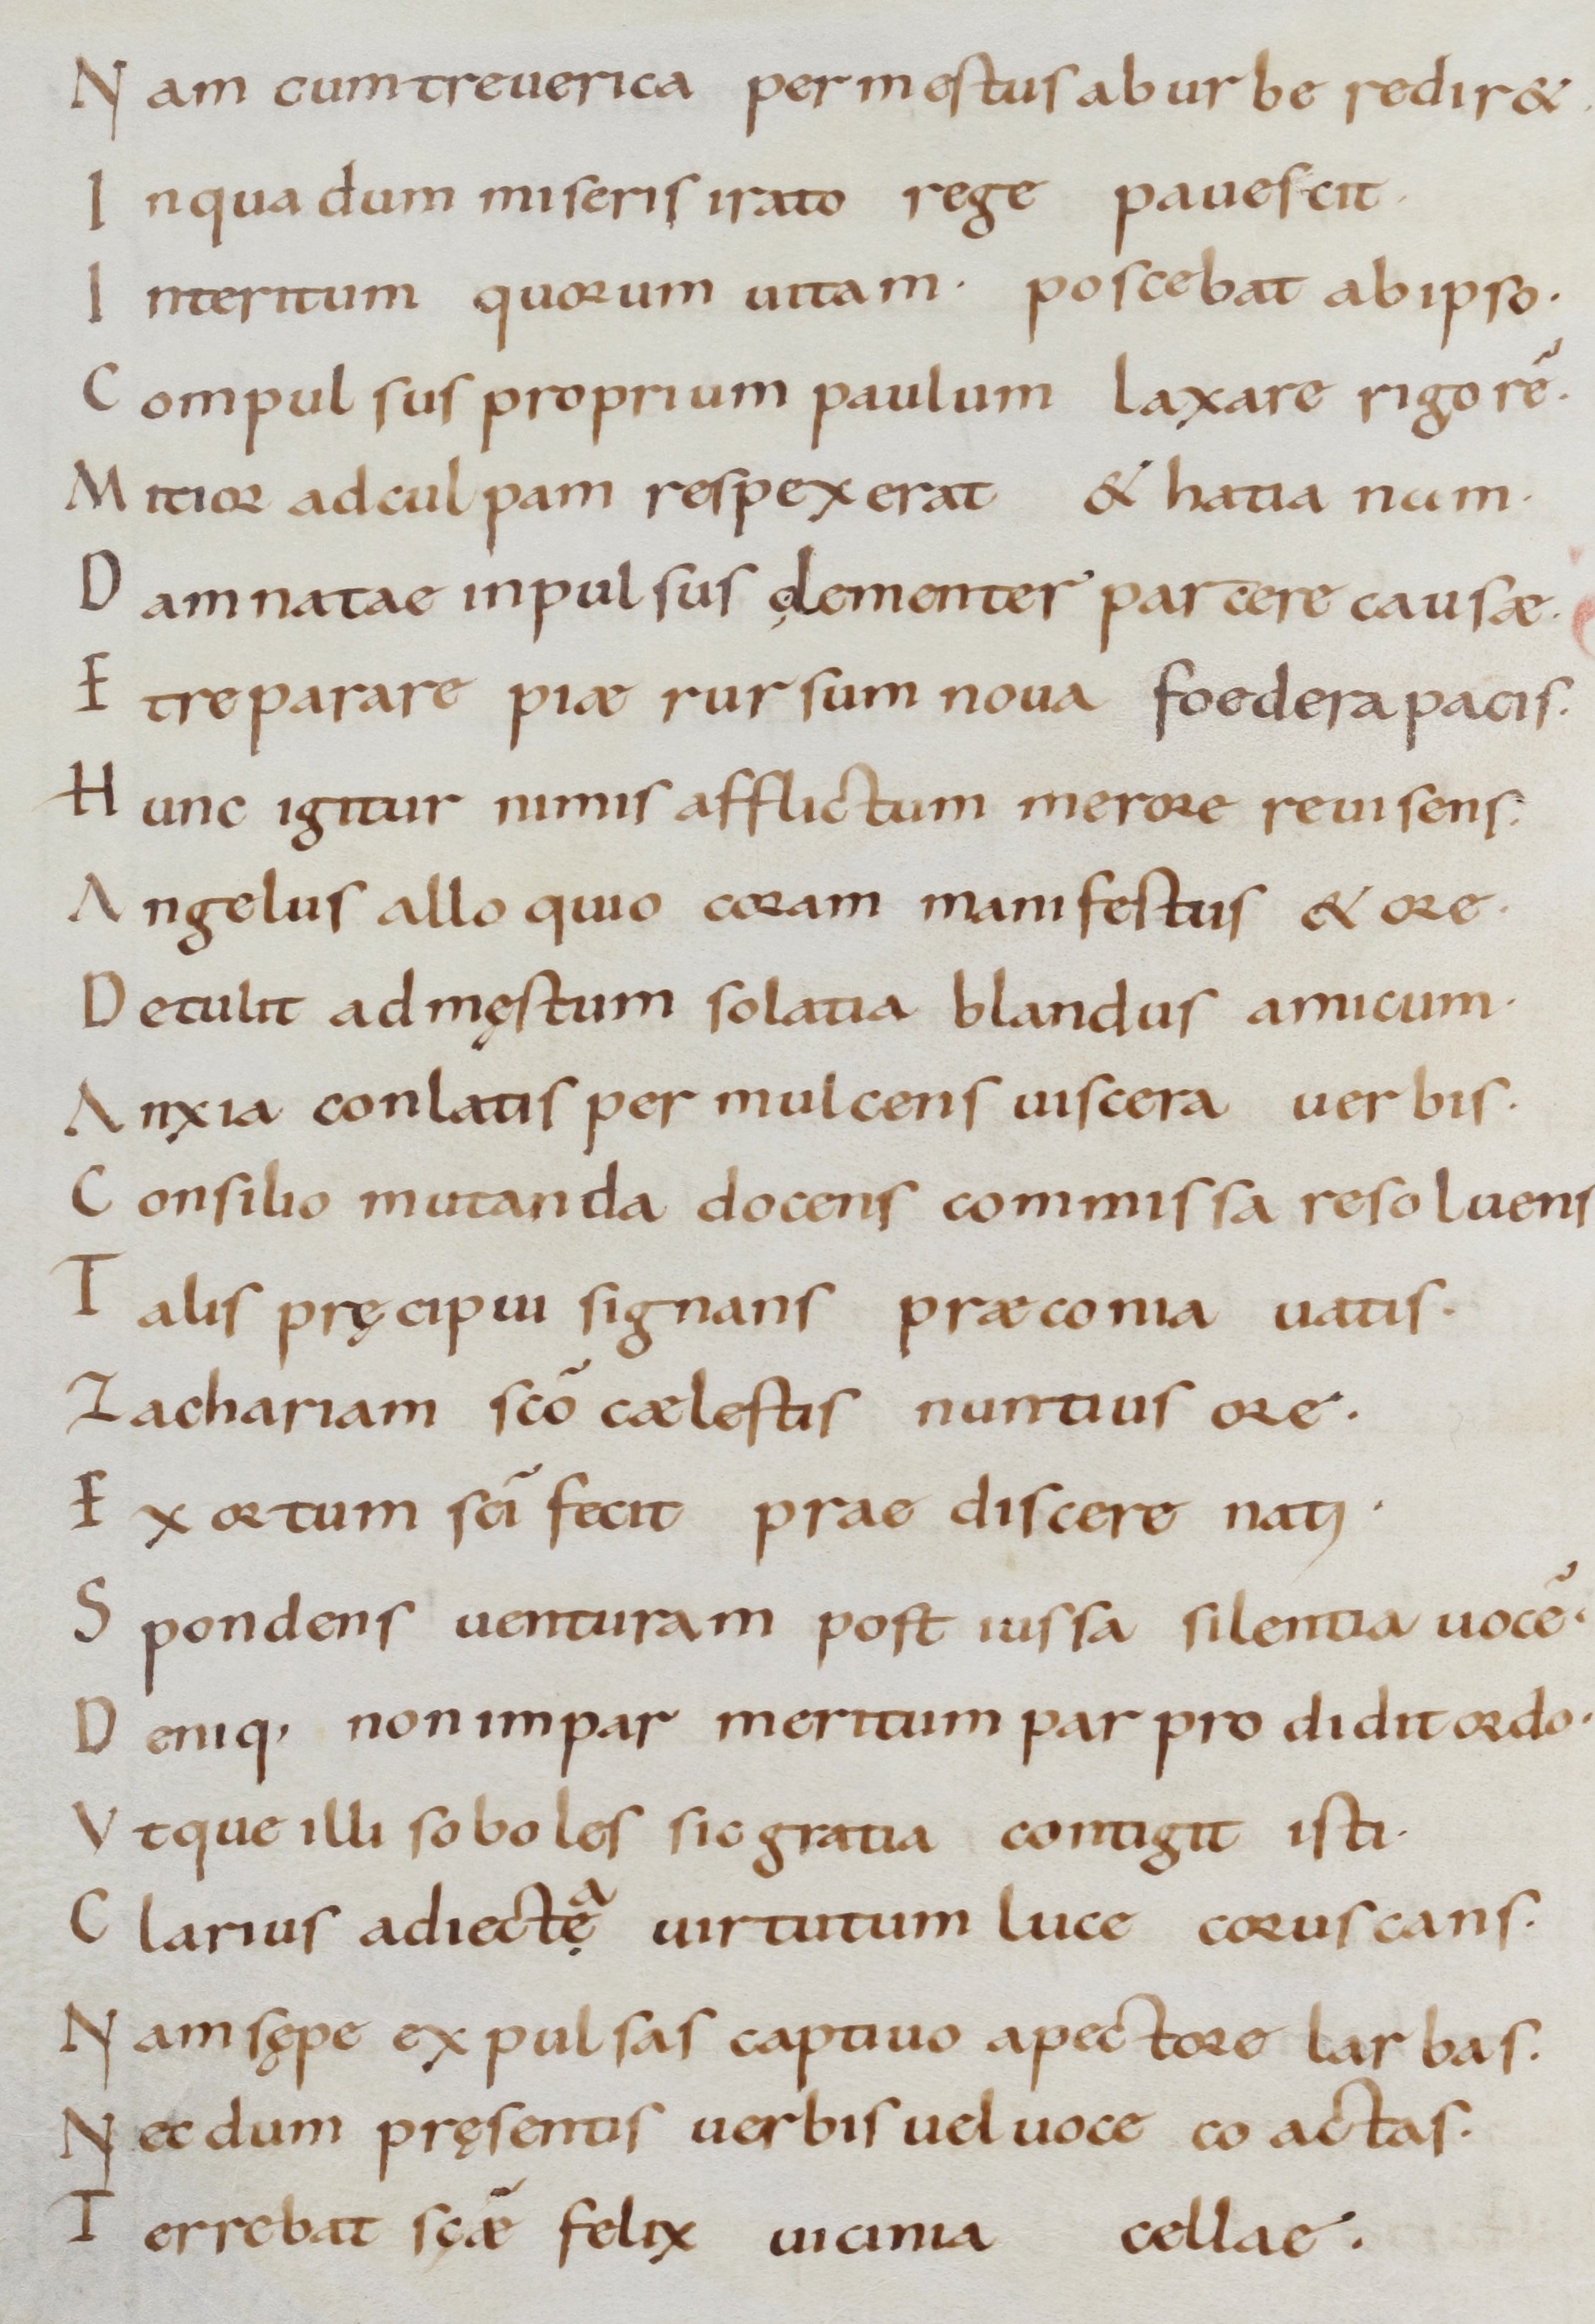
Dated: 800–999